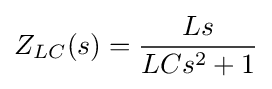
Z_{LC}(s)={\frac {Ls}{LCs^{2}+1}}